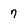
Character: 7